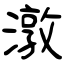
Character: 潡